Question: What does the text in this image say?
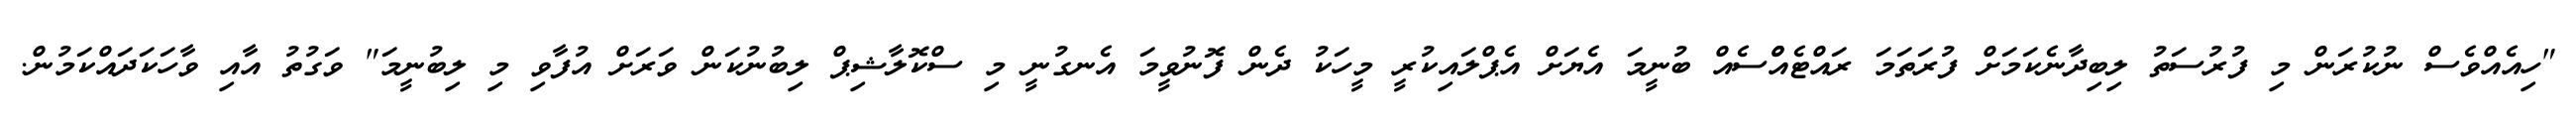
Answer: "ހިއެއްވެސް ނުކުރަން މި ފުރުސަތު ލިބިދާނެކަމަށް ފުރަތަމަ ރައްޓެއްްސެއް ބުނީމަ އެޔަށް އެޕްލައިކުރީ މީހަކު ދެން ފޮނުވީމަ އެނގުނީ މި ސްކޮލާޝިޕް ލިބުނުކަން ވަރަށް އުފާވި މި ލިބުނީމަ" ވަގުތު އާއި ވާހަކަދައްކަމުން.